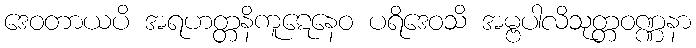
ဒေဝတာယပိ အရဟတ္တနိကူဋေနေဝ ပရိဒေဝသိ အမ္ဗပါလိသုတ္တဝဏ္ဏနာ